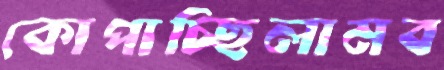
কোপাচ্ছিলামব